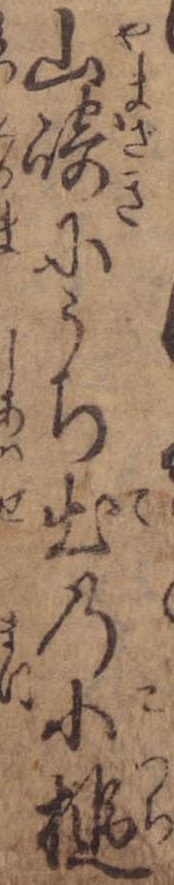
山崎にうち出の小槌